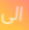
الى